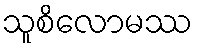
သူစိလောမဿ